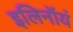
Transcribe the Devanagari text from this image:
इलिनॉयं